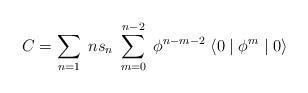
LaTeX: \begin{align*}C = \sum_{n=1} \; n s_{n} \;\sum_{m=0}^{n-2} \; \phi^{n-m-2} \;\langle 0 \mid \phi^{m} \mid 0 \rangle\end{align*}